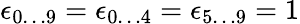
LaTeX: \epsilon_{0\ldots 9}=\epsilon_{0\ldots 4}=\epsilon_{5\ldots 9}=1